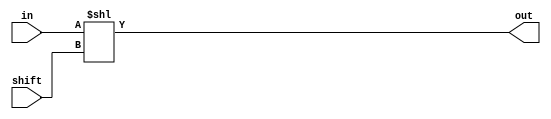

module shl_logic(
	input wire [31:0] in,
	input wire [31:0] shift,
	output wire [31:0] out
);
	assign out[31:0] = in << shift;

endmodule